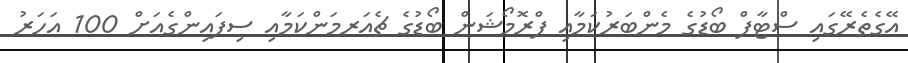
އޭގެތެރޭގައި ސްޓާފް ބޯޑުގެ މެންބަރުކަމާއި ޕްރޮމޯޝަން ބޯޑުގެ ޗެއަރމަންކަމާއި ސިފައިންގެއަށް 100 އަހަރު